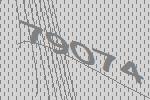
79074